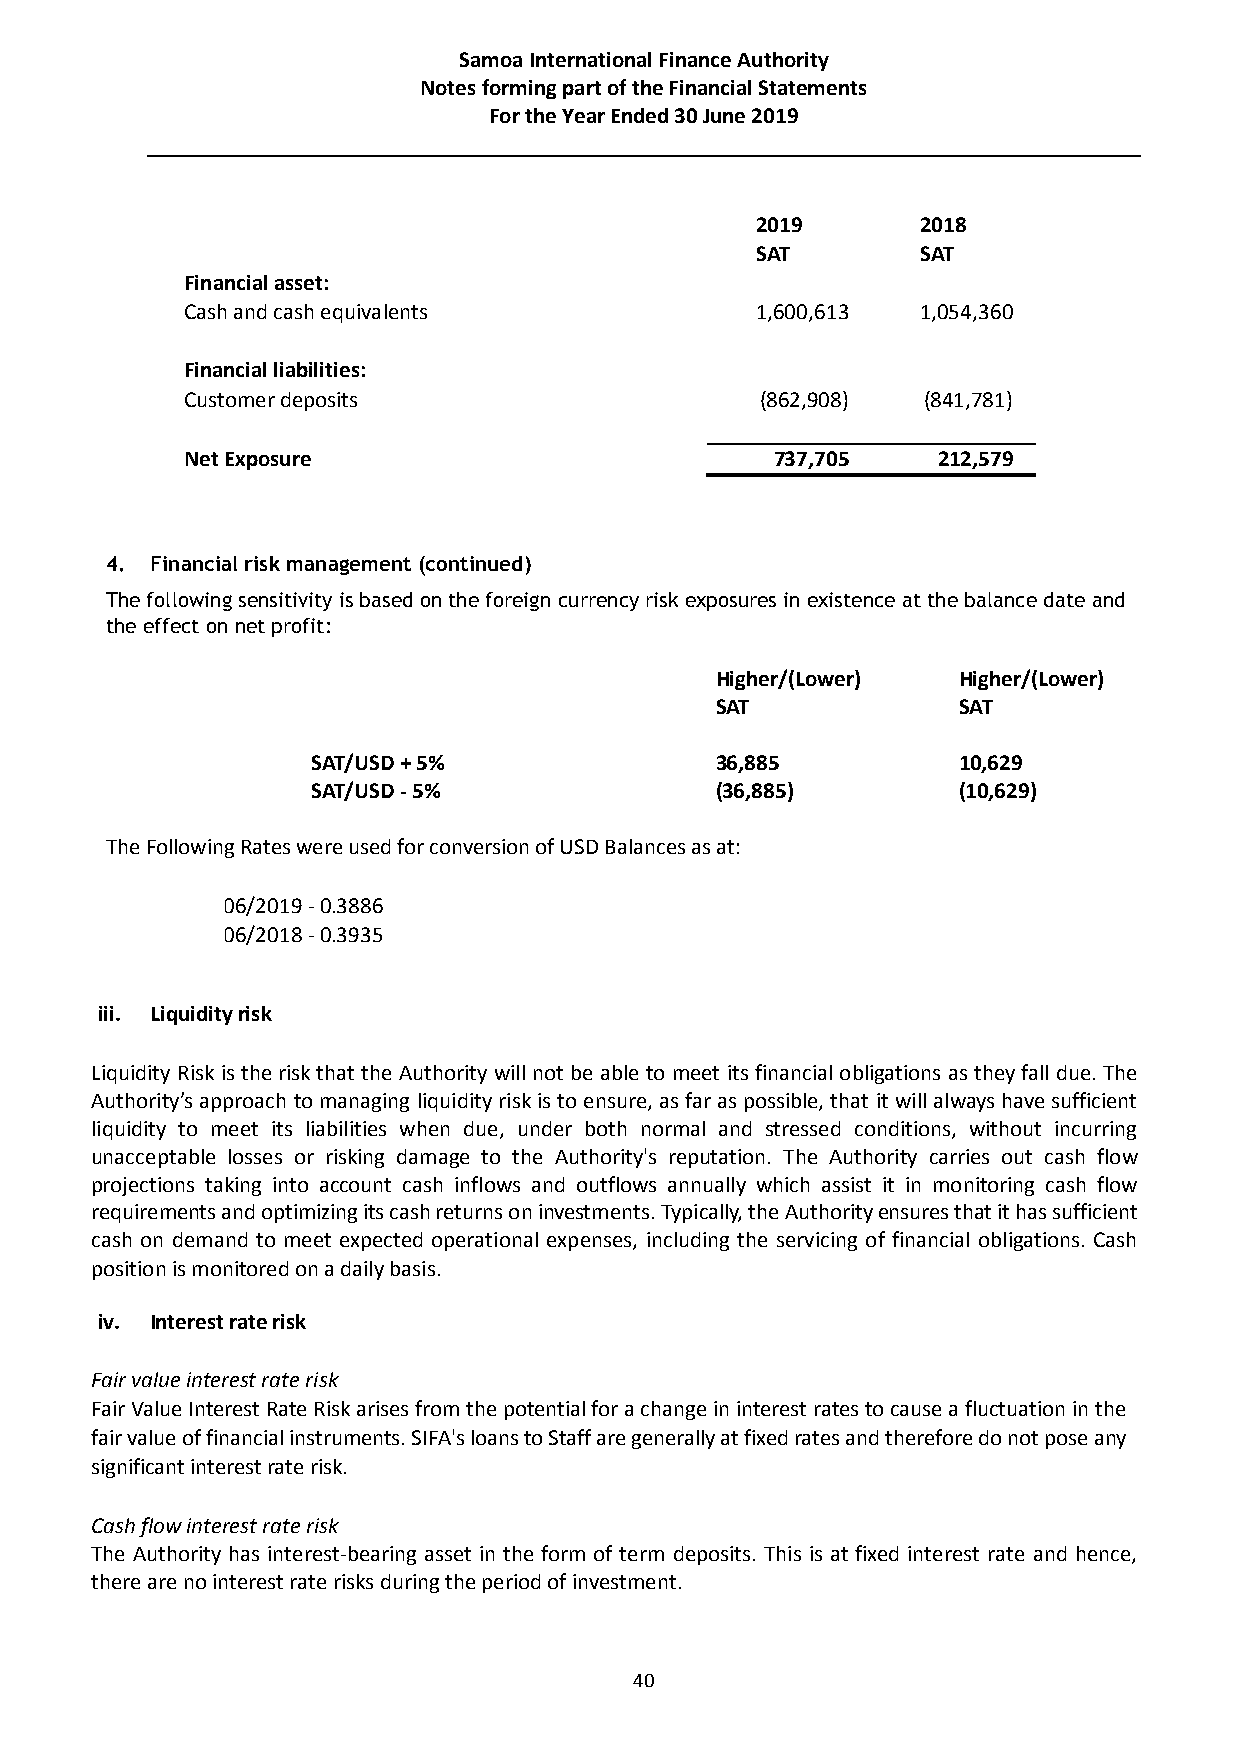
Samoa International Finance Authority
 Notes forming part of the Financial Statements
 For the Year Ended 30 June 2019
 2019       2018
 SAT        SAT
 Financial asset:
 Cash and cash equivalents             1,600,613  1,054,360
 Financial liabilities:
 Customer deposits                     (862,908)  (841,781)
 Net Exposure                           737,705    212,579
 4. Financial risk management (continued)
 The following sensitivity is based on the foreign currency risk exposures in existence at the balance date and
 the effect on net profit:
 Higher/(Lower)  Higher/(Lower)
 SAT             SAT
 SAT/USD + 5%              36,885          10,629
 SAT/USD - 5%              (36,885)        (10,629)
 The Following Rates were used for conversion of USD Balances as at:
 30/06/2019 - 0.3886
 30/06/2018 - 0.3935
 iii. Liquidity risk
 Liquidity Risk is the risk that the Authority will not be able to meet its financial obligations as they fall due. The
 Authority’s approach to managing liquidity risk is to ensure, as far as possible, that it will always have sufficient
 liquidity to meet its liabilities when due, under both normal and stressed conditions, without incurring
 unacceptable losses or risking damage to the Authority's reputation. The Authority carries out cash flow
 projections taking into account cash inflows and outflows annually which assist it in monitoring cash flow
 requirements and optimizing its cash returns on investments. Typically, the Authority ensures that it has sufficient
 cash on demand to meet expected operational expenses, including the servicing of financial obligations. Cash
 position is monitored on a daily basis.
 iv. Interest rate risk
 Fair value interest rate risk
 Fair Value Interest Rate Risk arises from the potential for a change in interest rates to cause a fluctuation in the
 fair value of financial instruments. SIFA's loans to Staff are generally at fixed rates and therefore do not pose any
 significant interest rate risk.
 Cash flow interest rate risk
 The Authority has interest-bearing asset in the form of term deposits. This is at fixed interest rate and hence,
 there are no interest rate risks during the period of investment.
 40